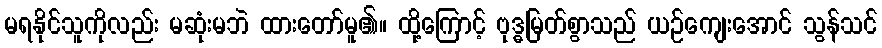
မရနိုင်သူကိုလည်း မဆုံးမဘဲ ထားတော်မူ၏။ ထို့ကြောင့် ဗုဒ္ဓမြတ်စွာသည် ယဉ်ကျေးအောင် သွန်သင်